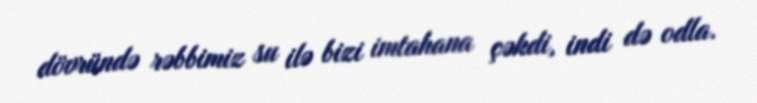
dövründə rəbbimiz su ilə bizi imtahana çəkdi, indi də odla.